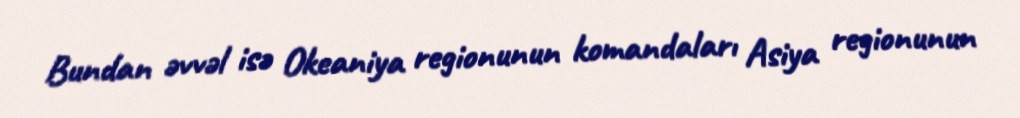
Bundan əvvəl isə Okeaniya regionunun komandaları Asiya regionunun